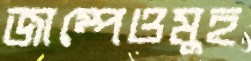
জাম্পেওমুহ